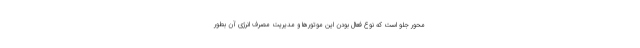
محور جلو است که نوع فعال بودن این موتورها و مدیریت مصرف انرژی آن بطور